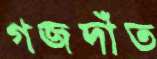
গজদাঁত